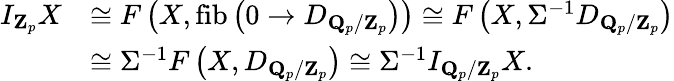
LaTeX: \begin{array}{rl}{I_{\mathbf{Z}_{p}}X}&{\cong F\left(X,\operatorname*{fib}\left(0\rightarrow D_{\mathbf{Q}_{p}/\mathbf{Z}_{p}}\right)\right)\cong F\left(X,\Sigma^{-1}D_{\mathbf{Q}_{p}/\mathbf{Z}_{p}}\right)}\\ &{\cong\Sigma^{-1}F\left(X,D_{\mathbf{Q}_{p}/\mathbf{Z}_{p}}\right)\cong\Sigma^{-1}I_{\mathbf{Q}_{p}/\mathbf{Z}_{p}}X\mathrm{.}}\end{array}